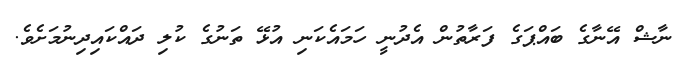
ނާޝް އޭނާގެ ބައްޕަގެ ފަރާތުން އެދުނީ ހަމައެކަނި އުޅޭ ތަނުގެ ކުލި ދައްކައިދިނުމަށެވެ.